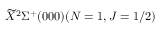
\widetilde { X } ^ { 2 } \Sigma ^ { + } ( 0 0 0 ) ( N = 1 , J = 1 / 2 )